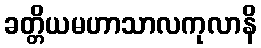
ခတ္တိယမဟာသာလကုလာနိ